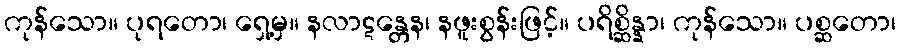
ကုန်သော။ ပုရတော၊ ရှေ့မှ။ နလာဋန္တေန၊ နဖူးစွန်းဖြင့်။ ပရိစ္ဆိန္နာ၊ ကုန်သော။ ပစ္ဆတော၊